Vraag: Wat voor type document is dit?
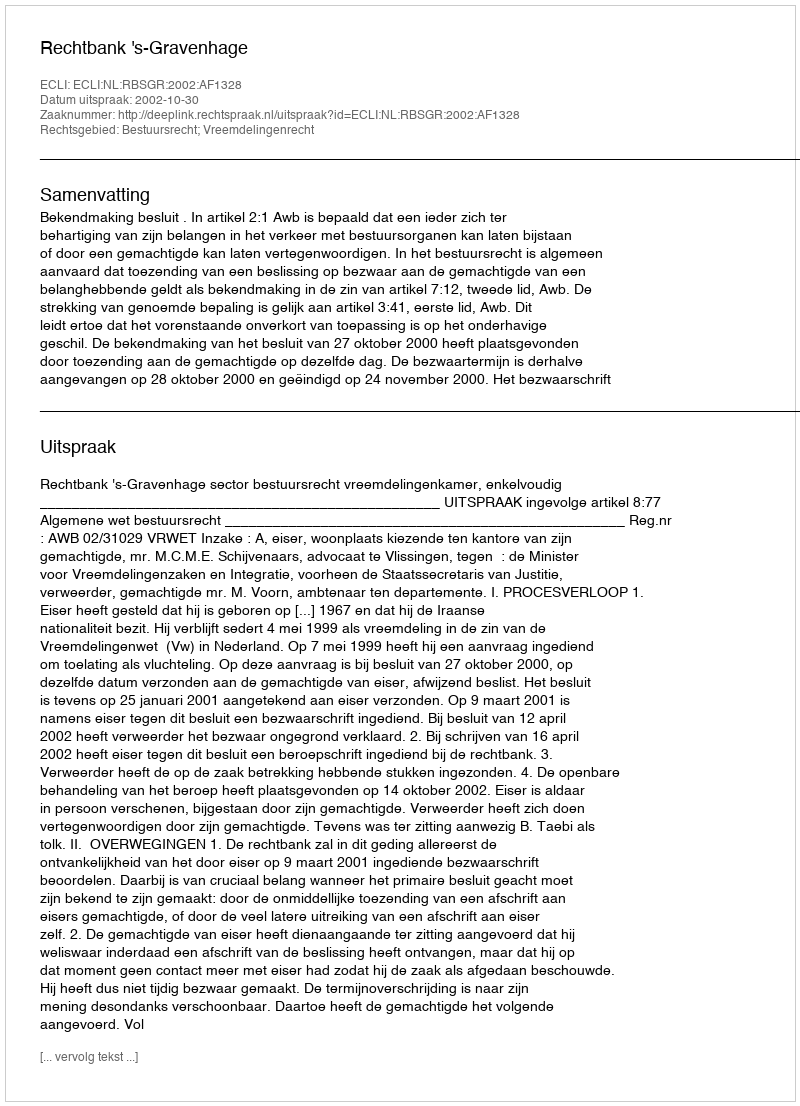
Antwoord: Uitspraak